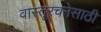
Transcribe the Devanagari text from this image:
वास्तूरचनेसाठी